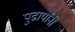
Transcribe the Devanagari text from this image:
पुढार्यांनी